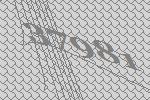
37981